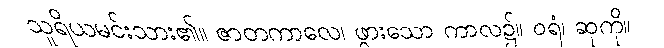
သူရိယမင်းသား၏။ ဇာတကာလေ၊ ဖွားသော ကာလ၌။ ဝရံ၊ ဆုကို။